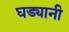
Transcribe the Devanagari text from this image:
घड्यानी